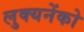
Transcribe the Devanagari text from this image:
लुक्यनेंको